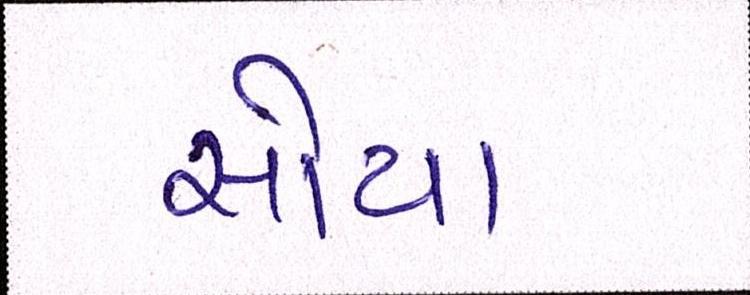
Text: સોયા